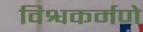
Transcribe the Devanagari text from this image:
विश्वकर्मणे